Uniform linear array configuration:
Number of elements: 32
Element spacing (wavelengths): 0.25
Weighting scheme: kaiser
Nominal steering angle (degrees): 30
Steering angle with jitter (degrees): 29.357
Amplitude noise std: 0.05
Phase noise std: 0.05

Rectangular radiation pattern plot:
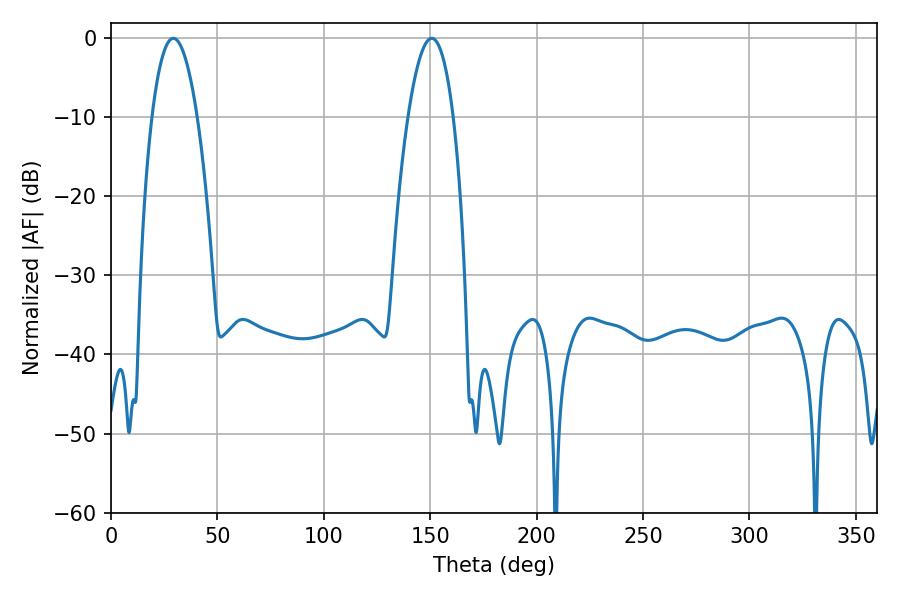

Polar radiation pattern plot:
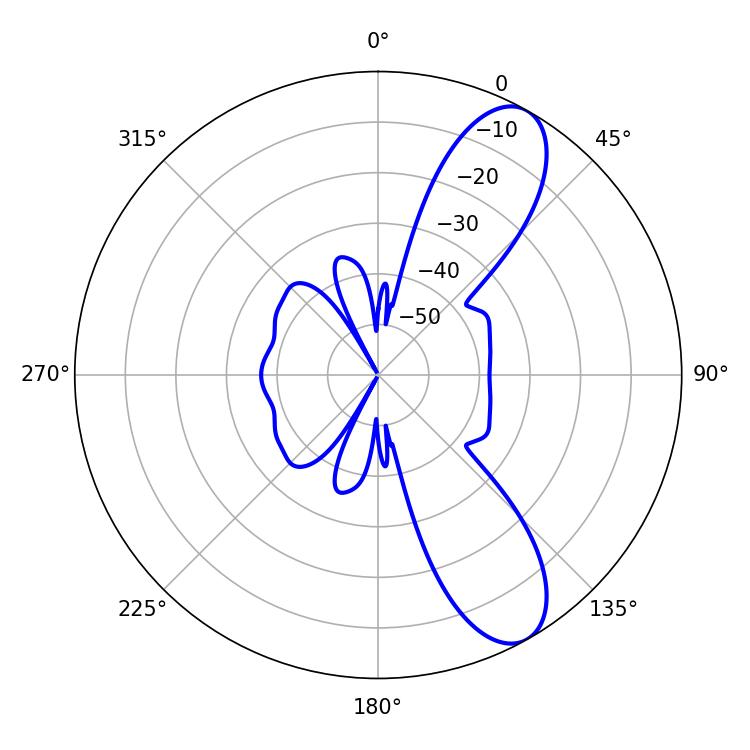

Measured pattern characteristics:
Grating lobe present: FALSE
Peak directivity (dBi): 9.657
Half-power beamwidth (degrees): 11.7
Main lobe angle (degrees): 29.34